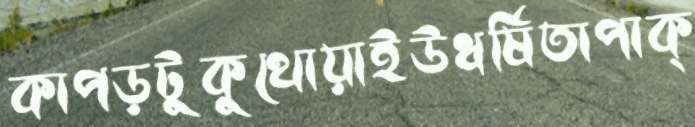
কাপড়টুকুথোয়াইউধর্ষিতাপাক্